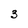
Character: 3